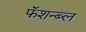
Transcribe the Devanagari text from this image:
फॅशन्ब्ल